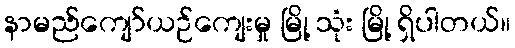
နာမည်ကျော်ယဉ်ကျေးမှု မြို့ သုံး မြို့ ရှိပါတယ်။